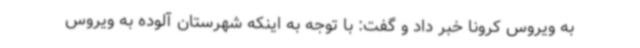
به ویروس کرونا خبر داد و گفت: با توجه به اینکه شهرستان آلوده به ویروس